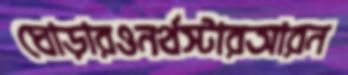
ঘোড়ারওনর্থস্টারআরন